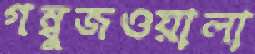
গম্বুজওয়ালা